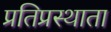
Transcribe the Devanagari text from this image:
प्रतिप्रस्थाता